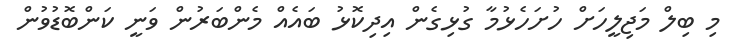
މި ބިލް މަޖިލީހަށް ހުށަހެޅުމާ ގުޅިގެން އިދިކޮޅު ބައެއް މެންބަރުން ވަނީ ކަންބޮޑުވުން